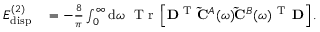
\begin{array} { r l } { E _ { \mathrm { d i s p } } ^ { ( 2 ) } } & { { } = - \frac { 8 } { \pi } \int _ { 0 } ^ { \infty } \mathrm { d } \omega \ \mathrm { ~ T ~ r ~ } \left[ \mathbf { D } ^ { \mathrm { ~ T ~ } } \mathbf { \tilde { C } } ^ { A } ( \omega ) \mathbf { \tilde { C } } ^ { B } ( \omega ) ^ { \mathrm { ~ T ~ } } \, \mathbf { D } \right] . } \end{array}